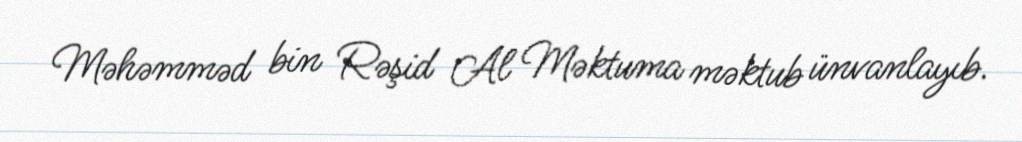
Məhəmməd bin Rəşid Al Məktuma məktub ünvanlayıb.